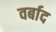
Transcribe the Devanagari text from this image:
वर्बाद